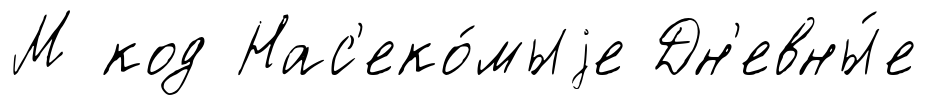
М код Нас'еко́мыjе Дн'евны́е